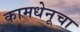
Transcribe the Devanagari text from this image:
कामधेनूचा